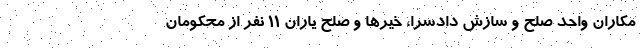
مکاران واحد صلح و سازش دادسرا، خیرها و صلح یاران ۱۱ نفر از محکومان